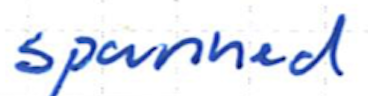
Text: spanned
Cross-out: clean
Writing tool: ballpoint